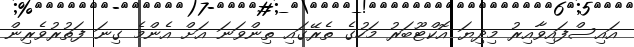
އައިސްފައިވާއިރު މިދިޔަ އޮކްޓޫބަރު މަހުގެ ތެރޭގައި ތިިންވަނަ އަށް އެންމެ ގިނަ ފަތުރުވެރިން